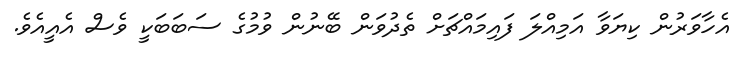
އެހާވަރުން ކިޔަވާ އަމިއްލަ ފައިމައްޗަށް ތެދުވަން ބޭނުން ވުމުގެ ސަބަބަކީ ވެސް އެއީއެވެ.